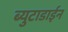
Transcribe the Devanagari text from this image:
ब्युटाडाईन